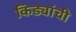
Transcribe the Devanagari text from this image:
किड्यांची